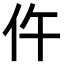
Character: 仵